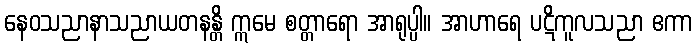
နေဝသညာနာသညာယတနန္တိ ဣမေ စတ္တာရော အာရုပ္ပါ။ အာဟာရေ ပဋိကူလသညာ ဧကာ